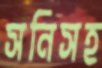
সনিসহ